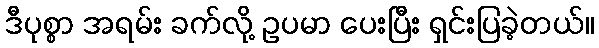
ဒီပုစ္စာ အရမ်း ခက်လို့ ဥပမာ ပေးပြီး ရှင်းပြခဲ့တယ်။